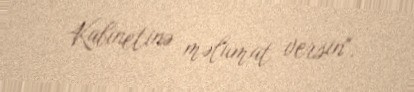
Kabinetinə məlumat versin".